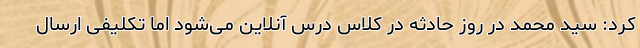
کرد: سید محمد در روز حادثه در کلاس درس آنلاین می‌شود اما تکلیفی ارسال